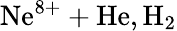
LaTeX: \mathrm{Ne^{8+}+He,H_{2}}